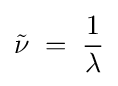
{\tilde {\nu }}\;=\;{\frac {1}{\lambda }}